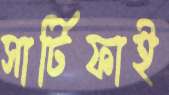
সার্টিফাই